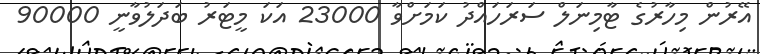
އޭރުން މިހާރުގެ ޓާމިނަލް ސަރަހައްދު ކަމަށްވާ 23000 އަކަ މީޓަރު ބަދަލުވާނީ 90000